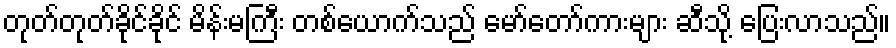
တုတ်တုတ်ခိုင်ခိုင် မိန်းမကြီး တစ်ယောက်သည် မော်တော်ကားများ ဆီသို့ ပြေးလာသည်။